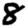
Digit: 8